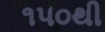
૧૫૦થી